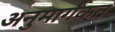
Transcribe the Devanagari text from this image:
अनुमार्गकत